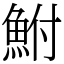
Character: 鮒